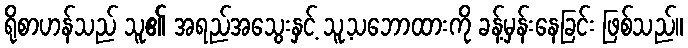
ရိုစာဟန်သည် သူ၏ အရည်အသွေးနှင့် သူ့သဘောထားကို ခန့်မှန်းနေခြင်း ဖြစ်သည်။